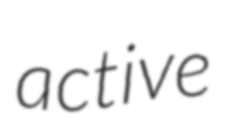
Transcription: active